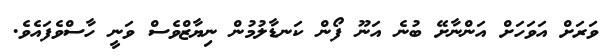
ވަރަށް އަވަހަށް އަންނާށޭ ބުނެ އަނޫ ފޯން ކަނޑާލުމުން ނިޔާޒްވެސް ވަނީ ހާސްވެފައެވެ.